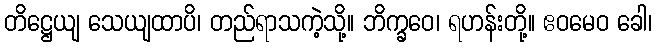
တိဋ္ဌေယျ သေယျထာပိ၊ တည်ရာသကဲ့သို့။ ဘိက္ခဝေ၊ ရဟန်းတို့။ ဧဝမေဝ ခေါ၊